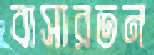
বাসারতন